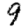
Digit: 9